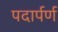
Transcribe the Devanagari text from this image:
पदार्पर्ण